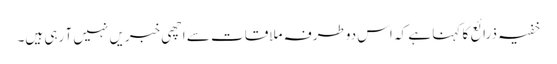
خفیہ ذرائع کا کہنا ہے کہ اس دوطرفہ ملاقات سے اچھی خبریں نہیں آ رہی ہیں۔